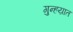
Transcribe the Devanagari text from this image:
गुन्हय़ात